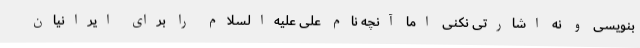
بنویسی و نه اشارتی نکنی اما آنچه نام علی علیه‌السلام را برای ایرانیان